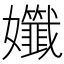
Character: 𡤪